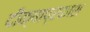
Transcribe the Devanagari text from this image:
दीक्षाप्रकाश